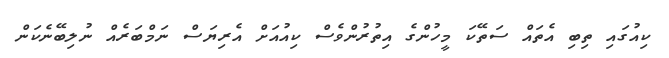
ކިއުގައި ތިބި އެތައް ސަތޭކަ މީހުންގެ އިތުރުންވެސް ކިއުއަށް އެރިޔަސް ނަމްބަރެއް ނުލިބޭނެކަން